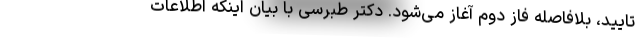
تایید، بلافاصله فاز دوم آغاز می‌شود. دکتر طبرسی با بیان اینکه اطلاعات